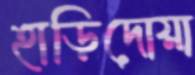
হাড়িদোয়া